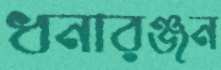
ধনারঞ্জন